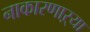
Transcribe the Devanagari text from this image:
नाकारणाऱ्या